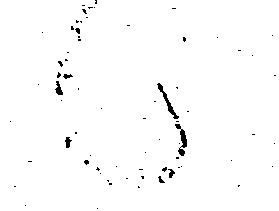
候